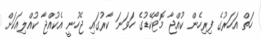
ހަތް އަހަރުގެ ފިރިހެން ކުއްޖާ މޮޓޯކޭޑުގެ ހަވަނަ ކާރުގައި ޖެހުނީ އެކުއްޖާ ކުއްލިއަކަށް